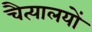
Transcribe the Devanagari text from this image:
चैत्यालयों